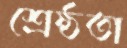
শ্রেষ্ঠতা